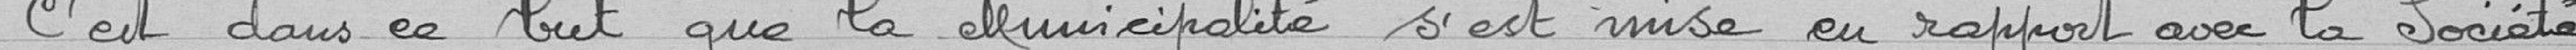
C'est dans ce but que la Municipalité s'est mise en rapport avec la Société